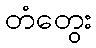
တံတွေး